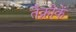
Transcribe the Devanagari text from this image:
तैक्नीकें